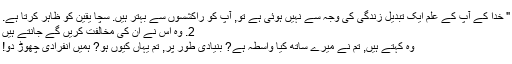
" خدا کے آپ کے علم ایک تبدیل زندگی کی وجہ سے نہیں ہوئی ہے تو, آپ کو راکشسوں سے بہتر ہیں. سچا یقین کو ظاہر کرتا ہے.
2. وہ اس نے ان کی مخالفت کریں گے جانتے ہیں
وہ کہتے ہیں, تم نے میرے ساتھ کیا واسطہ ہے? بنیادی طور پر, تم یہاں کیوں ہو? ہمیں انفرادی چھوڑ دو!